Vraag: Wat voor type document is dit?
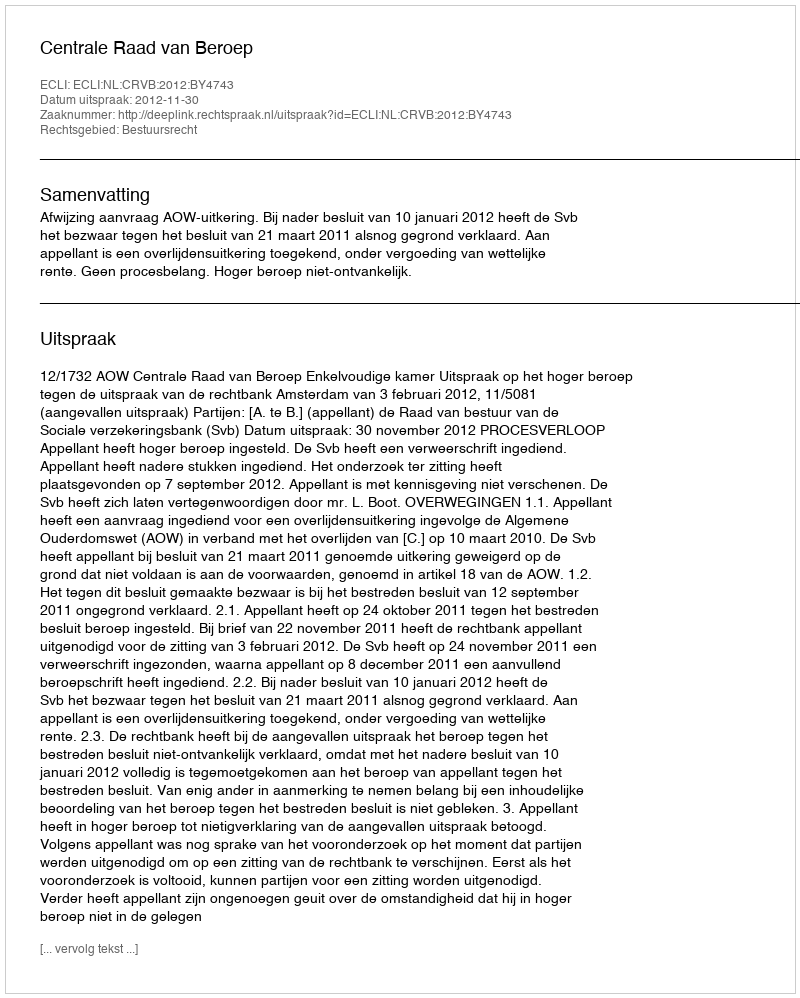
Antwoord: Uitspraak